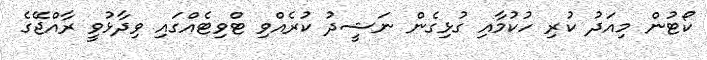
ކޯޓުން މިއަދު ކުރި ހުކުމާއި ގުޅިގެން ނަޝީދު ކުރެއްވި ޓްވިޓެއްގައި ވިދާޅުވީ ރާއްޖޭގެ